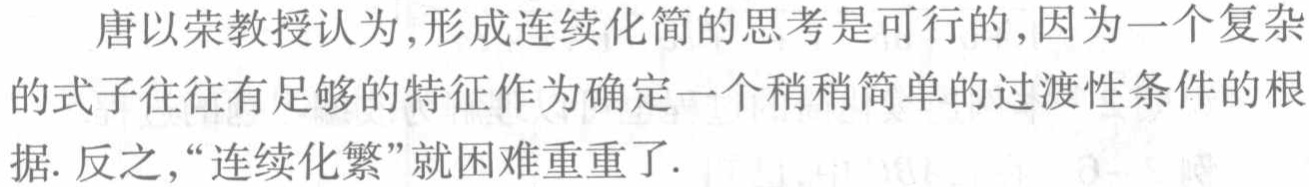
唐以荣教授认为,形成连续化简的思考是可行的,因为一个复杂的式子往往有足够的特征作为确定一个稍稍简单的过渡性条件的根据. 反之,“连续化繁”就困难重重了.